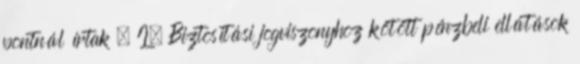
pontnál írtak . I. Biztosítási jogviszonyhoz kötött pénzbeli ellátások